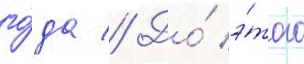
го́да // До́ э́того